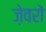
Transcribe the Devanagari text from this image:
जे़वरों